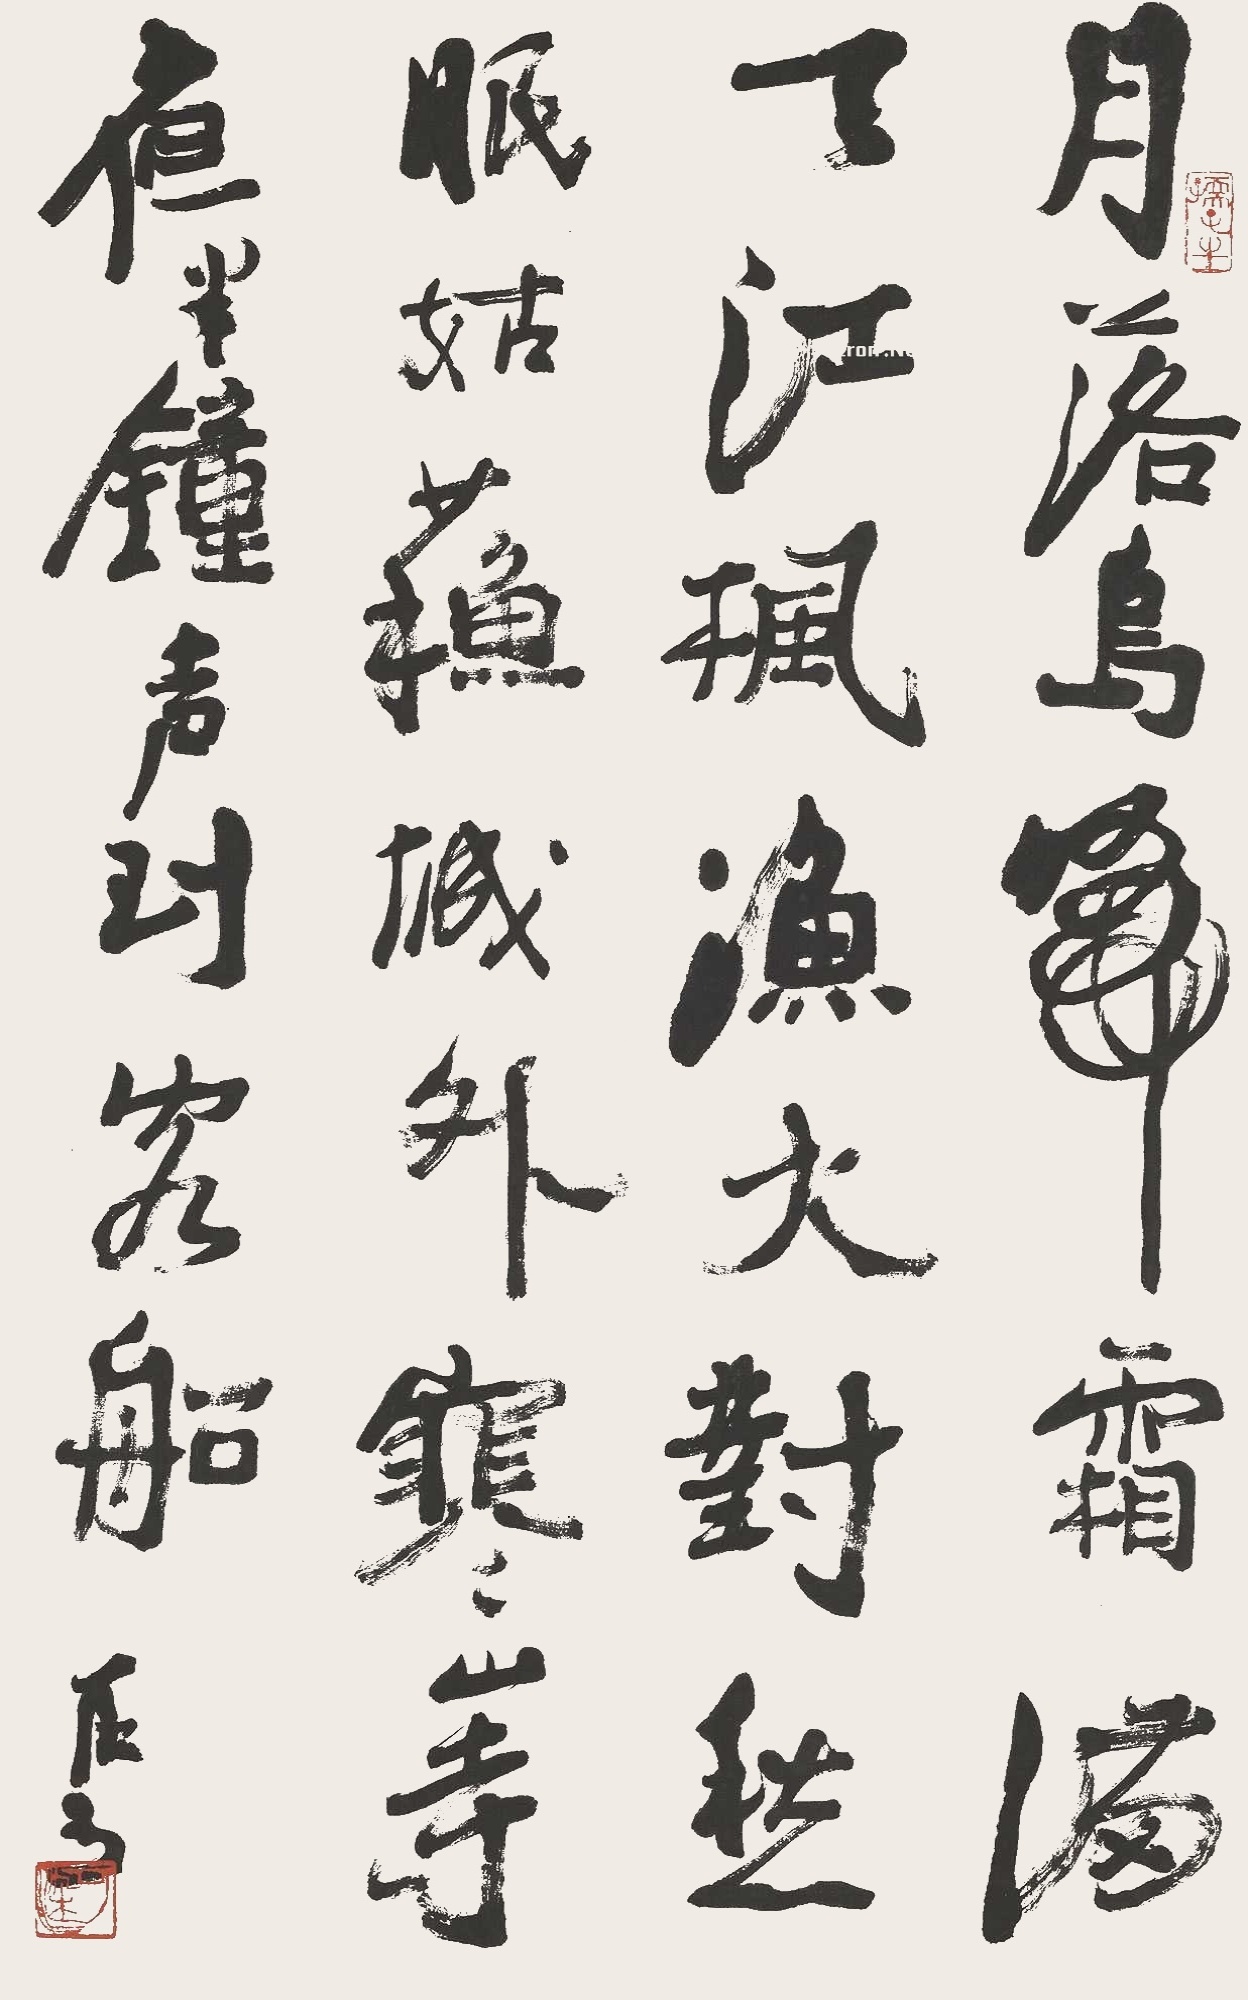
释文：月落乌啼霜满天，江枫渔火对愁眠。姑苏城外寒山寺，夜半钟声到客船。可染。